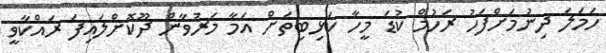
ހަމަލަ ދިނުމަށްފަހު ރަހުމް ކުޑަ މީހާ ކަޅިބިތަށް އަމާ މަރުވާން ދޫކޮށްލައިފަ ރައްކާވީ